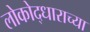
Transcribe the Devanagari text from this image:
लोकोद्धाराच्या